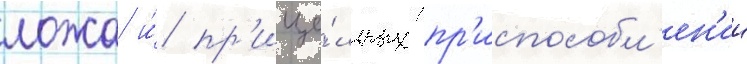
ложа и́ пр'ице́льных пр'испособл'ен'ии